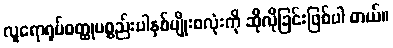
လူရောရုပ်ဝတ္ထုပစ္စည်းပါနှစ်မျိုးစလုံးကို ဆိုလိုခြင်းဖြစ်ပါ တယ်။